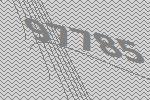
97785